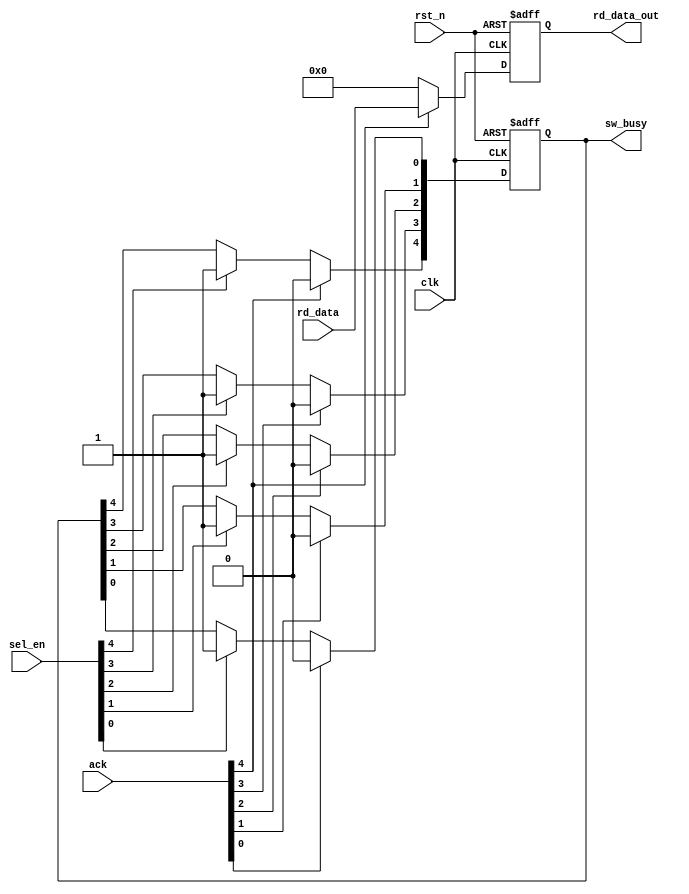
module rx_module #(
    parameter NUM_SW_INST = 5,
    parameter W_WIDTH = 8
) (
    input clk, rst_n,
    input [NUM_SW_INST-1:0] sel_en,
    input [W_WIDTH-1:0] rd_data,
    input [NUM_SW_INST-1:0] ack,

    output [NUM_SW_INST-1:0] sw_busy,
    output [W_WIDTH-1:0] rd_data_out
);
    reg [NUM_SW_INST-1:0] sw_busy_ff, sw_busy_nxt;
    reg [W_WIDTH-1:0] rd_data_out_ff, rd_data_out_nxt;

    integer i;

    always @(*) begin
        sw_busy_nxt = sw_busy_ff;
        rd_data_out_nxt = rd_data_out_ff;

        for(i = 0; i < NUM_SW_INST; i = i + 1) begin
            if(sel_en[i] == 1) begin
                sw_busy_nxt[i] = 1;
                i = NUM_SW_INST;//break
            end 
        end 

        for(i = 0; i < NUM_SW_INST; i = i + 1) begin
            if(ack[i] == 1) begin
                sw_busy_nxt[i] = 0;
                rd_data_out_nxt = rd_data;
                i = NUM_SW_INST;
            end 
            else begin
                rd_data_out_nxt = '0;
            end
        end 
    end

    always @(posedge clk or negedge rst_n) begin
        if (!rst_n) begin
            sw_busy_ff <= '0;
            rd_data_out_ff <= 1'b0;
        end 
        else begin
            sw_busy_ff <= sw_busy_nxt;
            rd_data_out_ff <= rd_data_out_nxt;
        end 
    end    
    
    assign sw_busy = sw_busy_ff;
    assign rd_data_out = rd_data_out_ff;
endmodule